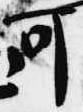
可